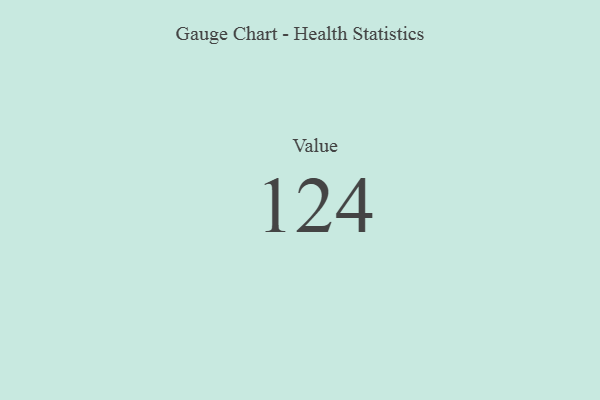
{"axis": {"x": "Metric", "y": "Value"}, "legend": [""], "data": [{"x": "Value", "y": 124, "type": ""}]}